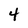
Character: 4